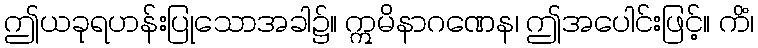
ဤယခုရဟန်းပြုသောအခါ၌။ ဣမိနာဂဏေန၊ ဤအပေါင်းဖြင့်။ ကိံ၊